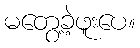
မတွေ့ခဲ့ဖူးပေ။